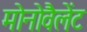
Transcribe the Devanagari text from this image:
मोनोवैलेंट